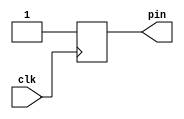
`timescale 1ns / 1ps
//////////////////////////////////////////////////////////////////////////////////
// Company: 
// Engineer: 
// 
// Design Name: 
// Module Name: PIN_TEST
// Project Name: 
// Target Devices: 
// Tool Versions: 
// Description: 
// 
// Dependencies: 
// 
// Revision:
// Revision 0.01 - File Created
// Additional Comments:
// 
//////////////////////////////////////////////////////////////////////////////////


module PIN_TEST(
input clk,
output reg pin
    );
    
always @(posedge clk)
    begin
        pin <= 1'b1;
    end
endmodule